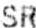
SR